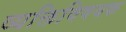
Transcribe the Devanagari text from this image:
व्यक्तिविषयक